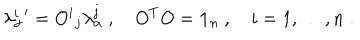
\lambda _ { \alpha } ^ { i } { ' } = { O ^ { i } } _ { j } \lambda _ { \alpha } ^ { j } \ , \quad O ^ { T } O = { \bf 1 } _ { n } \ , \quad i = 1 , \dots , n \; .